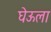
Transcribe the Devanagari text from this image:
घेऊला